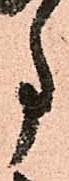
事